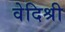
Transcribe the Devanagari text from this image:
वेदिश्री